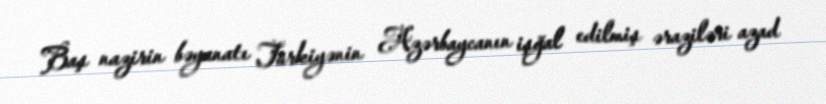
Baş nazirin bəyanatı Türkiyənin Azərbaycanın işğal edilmiş əraziləri azad